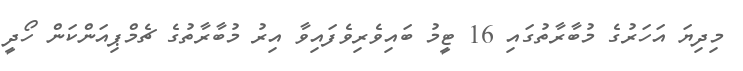
މިދިޔަ އަހަރުގެ މުބާރާތުގައި 16 ޓީމު ބައިވެރިވެފައިވާ އިރު މުބާރާތުގެ ޗެމްޕިއަންކަން ހޯދީ